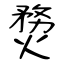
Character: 熃